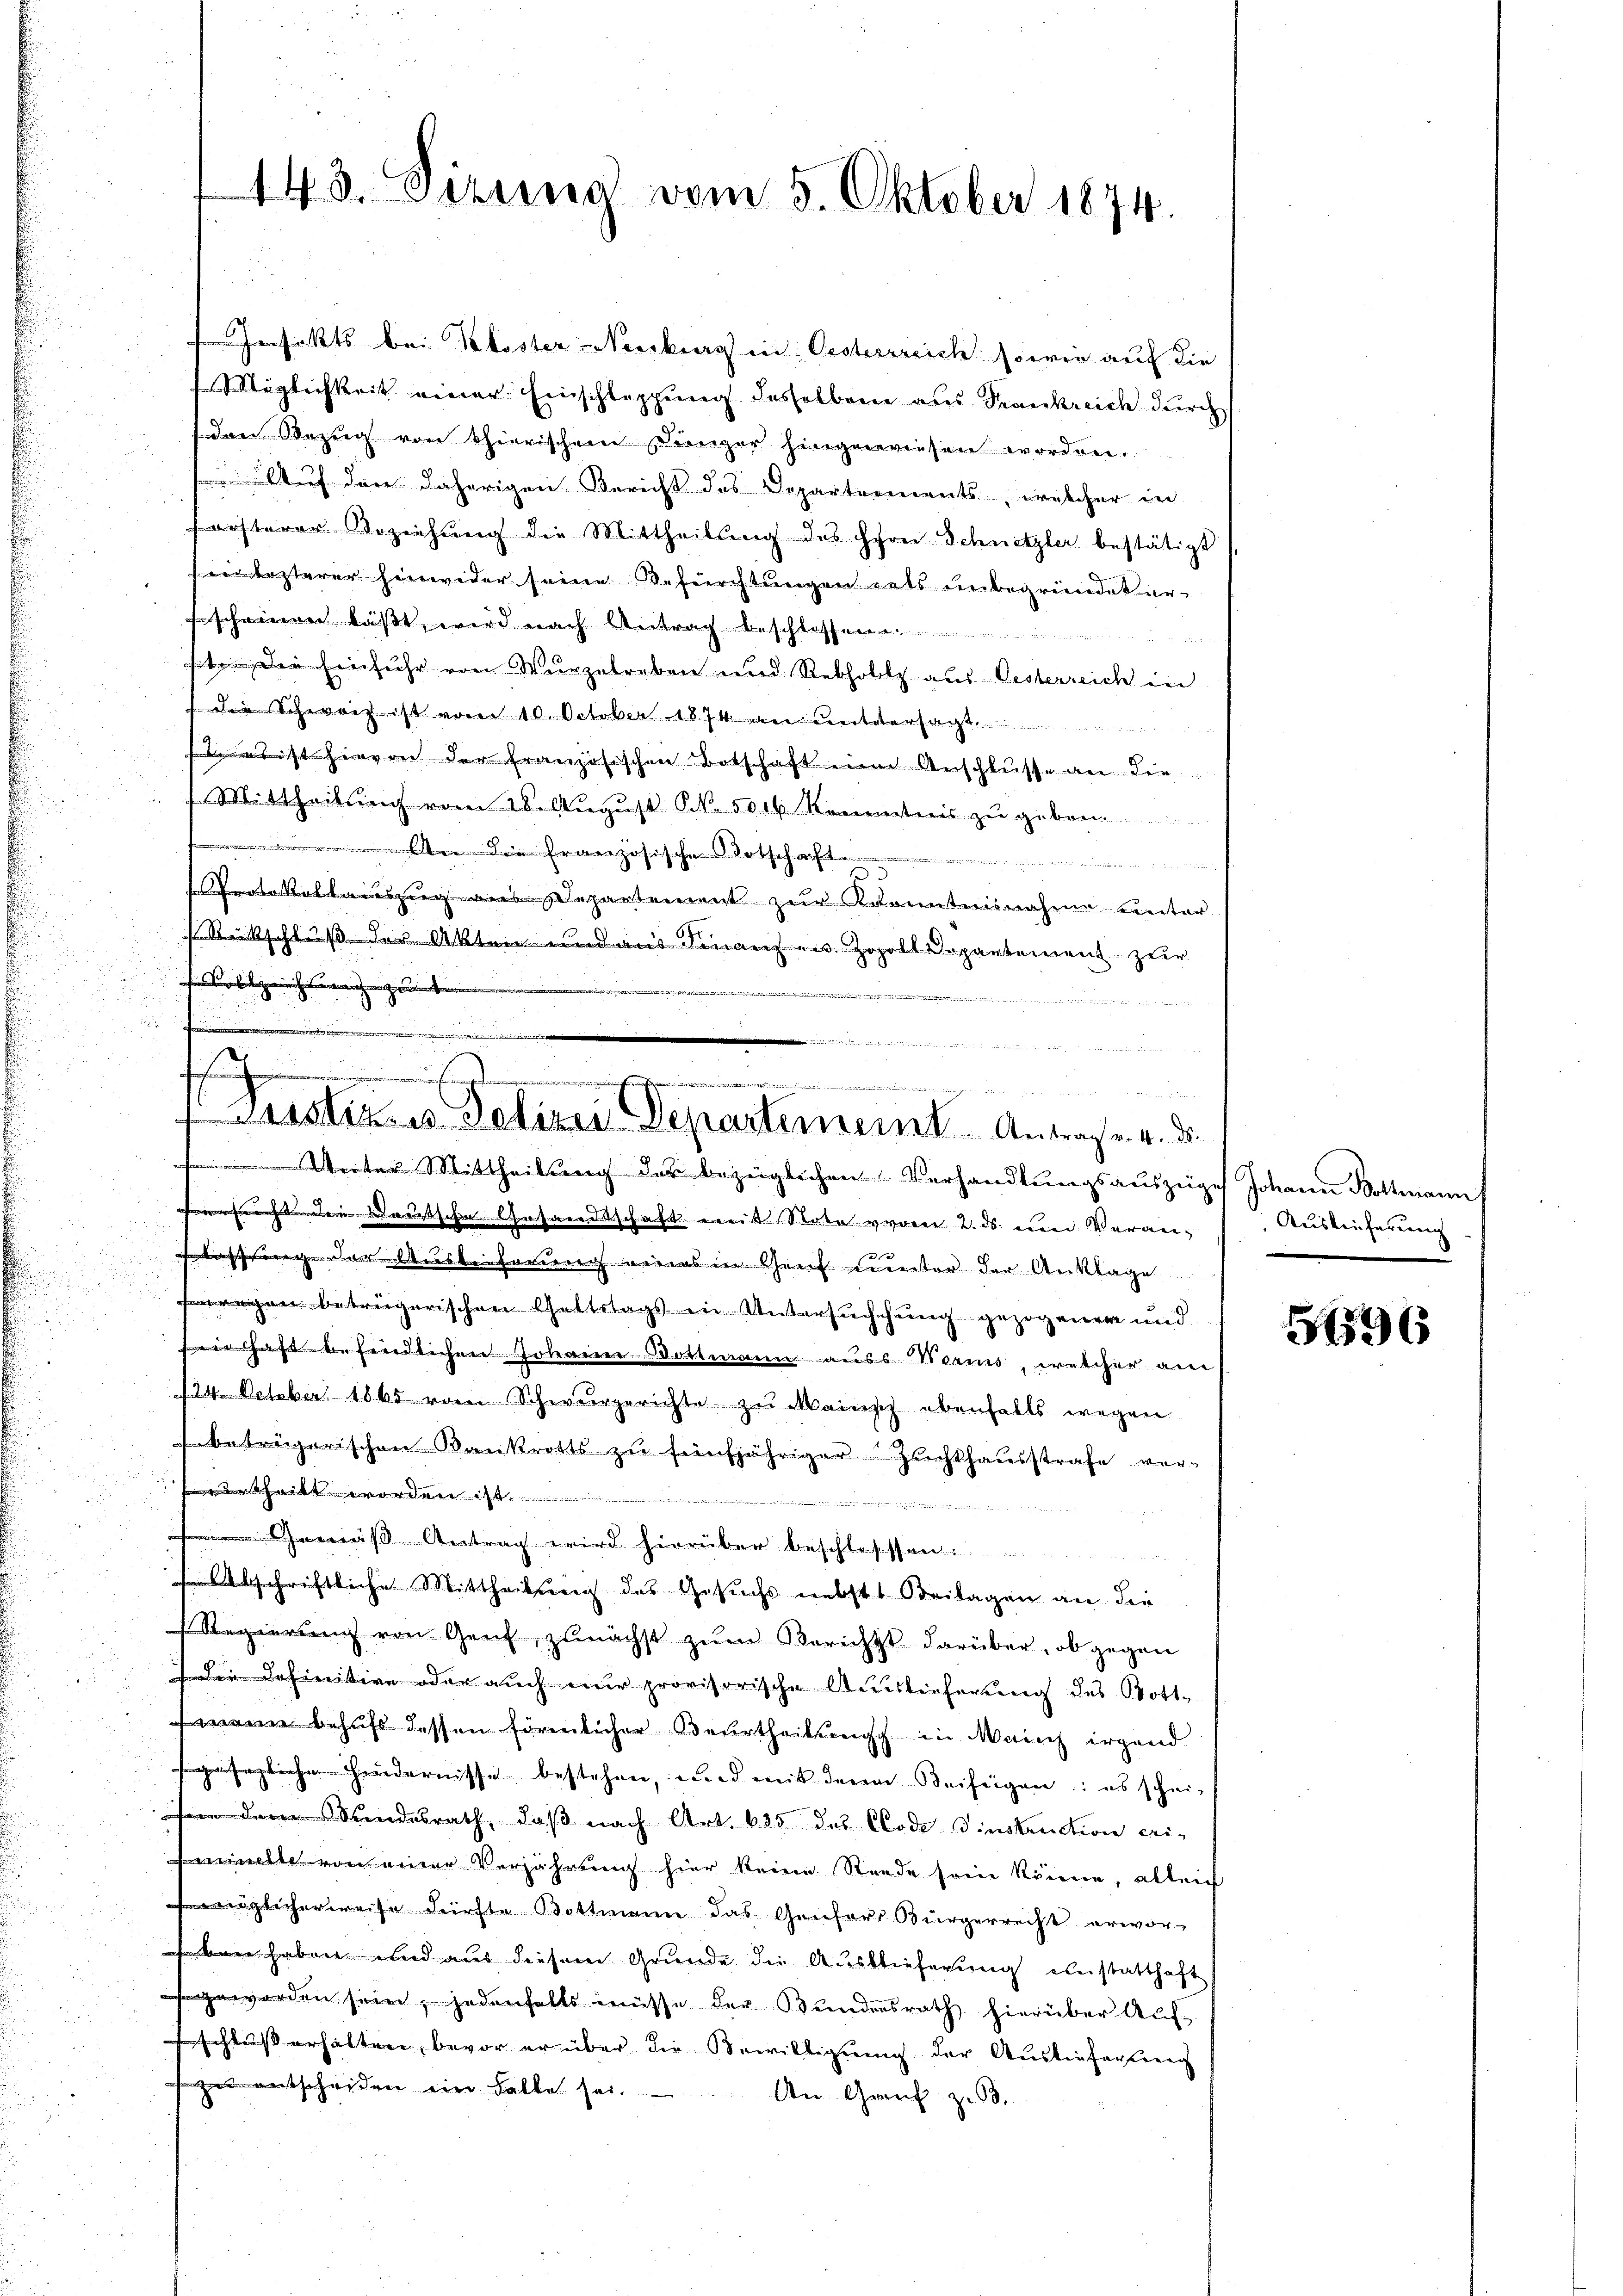
143. Sizung vom 5. Oktober 1874.

fakts bei Kloster Noriker in Oestersreich sowie auf die
iglichkeit einer Einschleppung desselben aus Strankreich durch
den Bezug von Thierischem Dinger hingewiesen worden.
Auf der daherigen Bericht des Departements, welcher in
fersterer Beziehung die Mittheilung des Herei Schnetzler bestätigt
in ersterer hinwider seine Befürchtungen als unbegründet er-
scheinen läßt, wird nach Antrag beschlossen

ste. Die Einfuhr von Wurzelreben und Rebholtz aus Oesterreich in
die Schweiz ist vom 10. October 1874 an untersagt.
st ist hievon der Französischen Botschaft eine Anschlusse an die
Mittheilung vom 28. August N. 5006 Kenntnis zu geben.
zsich ......................................
rrte Kollauszug aus Departement zur Kenntnisnahme unter
 Rückschluß der Akten und aus Finanzen Zoholt Departement zur
Vollzeichtweg ganten |
e
e
Unter Mittheilung des bezüglichen Verhandlungsauszuges Johann Bottmann
scht denn ausschen Gesandtschaft mit State vom 2. ds. um Verantassage der Ausbeiterung eines in Genf unter der Anklage
wegen betrügerischen Geltstags in Untersuchung gezogener und
einhaft befindlichen Johann Bottmann auss Worms, welcher am
124. October 1865 vom Schwurgerichte zu mainsch ebenfalls wegen
beträgerischen Bankrotts zŭ fünfjähriger Zŭchthaŭsstrafe ver-
hailt worden ist
 einer
äß Antrag wird hierüber beschlosssen.
n
 Abschrichtliche Mittheilung des Gesuchs nebst Beilagen an die
Regierung von Genf, zunächst zum Berichts darüber, ob gegen
Die Definitive oder auch nur provisorische Ausstieferung des Bott-
 behufs dessen förmlicher Beurtheilung in Marich irgend
gliche Handernisse bestehen, und mit dem Beifügen: es schei-
e Kundesrath, daß nach Art. 635 des Code Dinstruction eri-
Finelle von einer Verjährung hier keine Stande sein könne, alleich
öglicherweise dürfte Bottmann das Genfers Bürgerrecht erwor-
Bern haben, und aus diesem Grunde die Ausblieferung einstatthaft
geworden sein, jedenfalls müsse der Bundesrath hierüber Aufschluss erhalten, bevor er über die Bewilligung der Ausliefertieng
 entscheiden ein halte sei.
An Greif zu 63.

elen
s
...........................
stituiren Departement. Antrag v. a. d.

Ausleiferung

5696